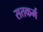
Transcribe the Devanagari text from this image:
सतकर्म